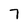
Character: 7